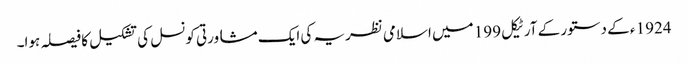
1924 ء کے دستور کے آرٹیکل 199 میں اسلامی نظریہ کی ایک مشاورتی کونسل کی تشکیل کا فیصلہ ہوا۔